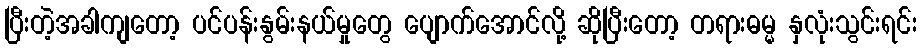
ပြီးတဲ့အခါကျတော့ ပင်ပန်းနွမ်းနယ်မှုတွေ ပျောက်အောင်လို့ ဆိုပြီးတော့ တရားဓမ္မ နှလုံးသွင်းရင်း